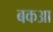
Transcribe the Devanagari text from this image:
बकआ